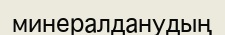
минералданудың